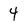
Character: 4